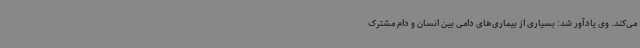
می‌کند. وی یادآور شد: بسیاری از بیماری‌های دامی بین انسان و دام مشترک